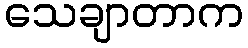
သေချာတာက